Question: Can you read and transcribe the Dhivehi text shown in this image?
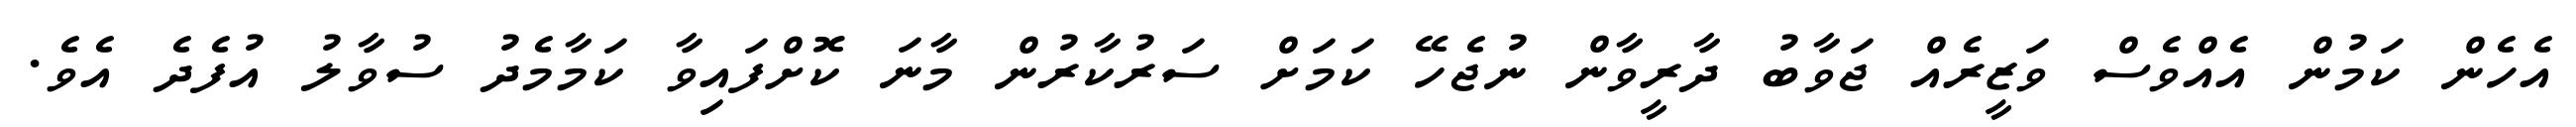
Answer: އެހެން ކަމުން އެއްވެސް ވަޒީރެއް ޖަވާބު ދާރީވާން ނުޖެހޭ ކަމަށް ސަރުކާރުން މާނަ ކޮށްފައިވާ ކަމާމެދު ސުވާލު އުފެދެ އެވެ.